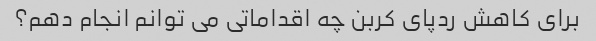
برای کاهش ردپای کربن چه اقداماتی می توانم انجام دهم؟